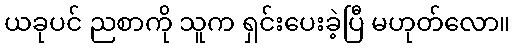
ယခုပင် ညစာကို သူက ရှင်းပေးခဲ့ပြီ မဟုတ်လော။